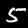
Digit: 5